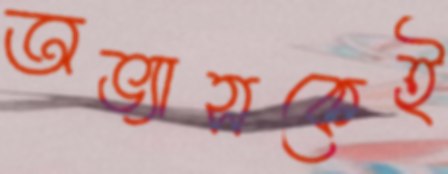
অভ্যাসকেই